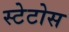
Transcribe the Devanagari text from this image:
स्टेटोस